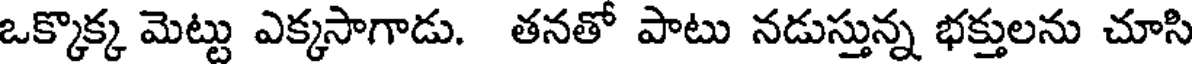
ఒక్కొక్క మెట్టు ఎక్కసాగాడు. తనతో పాటు నడుస్తున్న భక్తులను చూసి